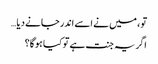
تو ، میں نے اسے اندر جانے دیا…
اگر یہ جنت ہے تو کیا ہوگا؟